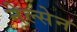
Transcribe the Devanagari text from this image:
नेल्सेन